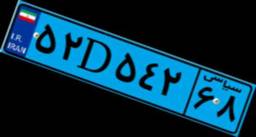
۵۲D۵۴۲۶۸